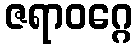
ဇရာဝဂ္ဂေ